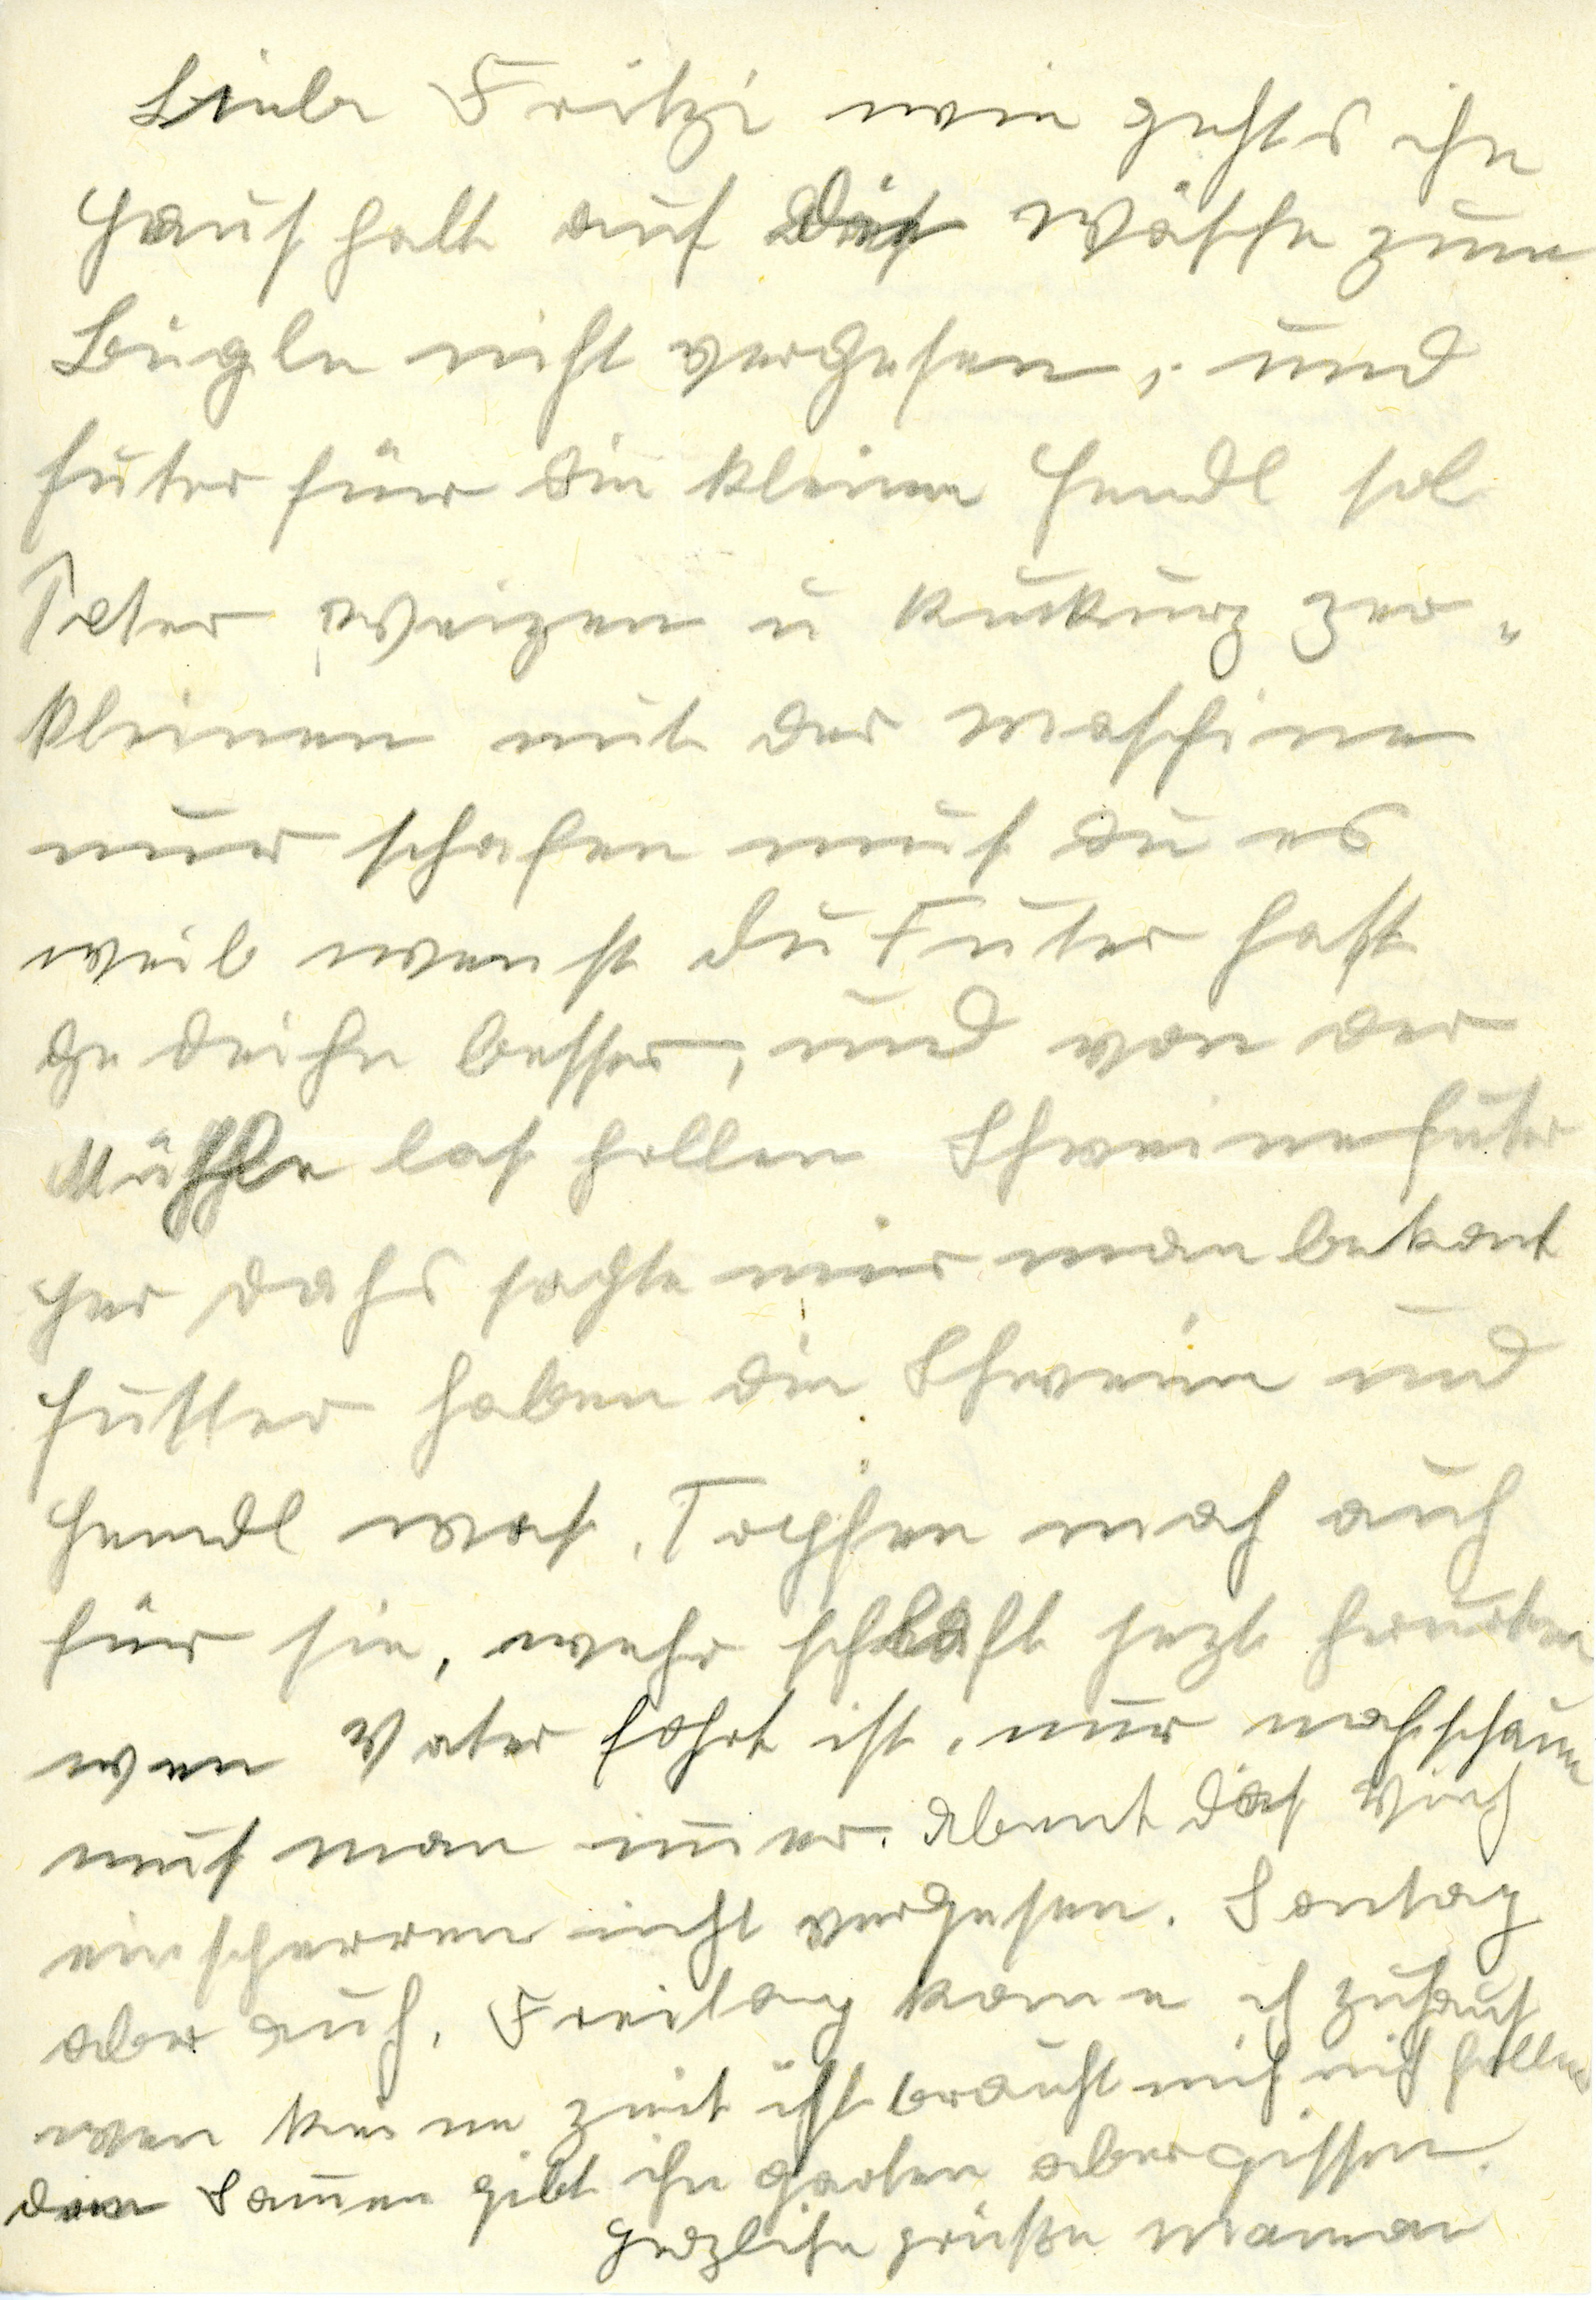
Liebe Fritzi wie gehts ihn
Haūshalt auf die Wäsche zūm
Bügln nicht vergesen, ūnd
Fūter für die kleinen Hendl sol
Peter Weizen ū Kūkrūz zer¬
kleinern mit der Maschine
nūr schafen mūs dū es
weil wenst dū Fūter hast
gedeihen besser, ūnd von der
Mühle las hollen Schweinefūter
Her Dahs sagte mir man bekomt
Fūtter haben die Schweine ūnd
Hendl was, Topfen mach aūch
für sie, wehr schlaft jezt herūnten
wen Vater fohrt ist, nur nachschaūen
mūs man immer. Abent das Vieh
einsperren nicht vergessen. Sontag
aber aūch, Freitag kome ich zūhaūs
wenn keine Zeit ist braūchst mich nicht hollen
Dem Sommer gibt ihn garten aber gissen.
Herzliche Grüße Mama